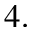
4 .